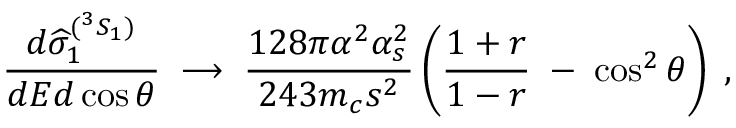
{ \frac { d \widehat { \sigma } _ { 1 } ^ { ( ^ { 3 } S _ { 1 } ) } } { d E d \cos \theta } } \; \longrightarrow \; { \frac { 1 2 8 \pi \alpha ^ { 2 } \alpha _ { s } ^ { 2 } } { 2 4 3 m _ { c } s ^ { 2 } } } \left( { \frac { 1 + r } { 1 - r } } \; - \; \cos ^ { 2 } \theta \right) \; ,